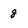
Character: 8